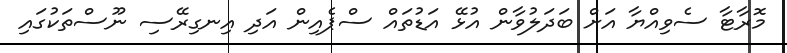
މޮރާޓާ ސެވިއްޔާ އަށް ބަދަލުވާން އުޅޭ އަޑުތައް ސްޕެއިން އަދި އިނގިރޭސި ނޫސްތަކުގައި